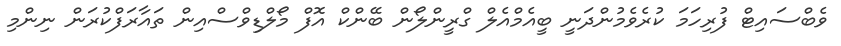
ވެބްސައިޓް ފުރިހަމަ ކުރެވެމުންދަނީ ބީއެމްއެލް ގްރީންލޯން ބޭންކް އޮފް މޯލްޑިވްސްއިން ތައާރަފްކުރަން ނިންމި